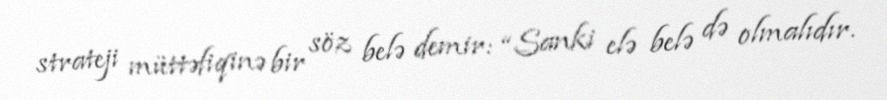
strateji müttəfiqinə bir söz belə demir: “Sanki elə belə də olmalıdır.